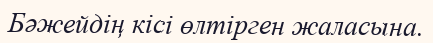
Бәжейдің кісі өлтірген жаласына.